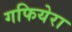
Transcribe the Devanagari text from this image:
गफियेरा